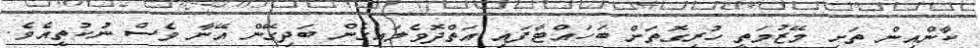
ކާންއިން ތަށި މޭޒުމަތީ ހުރިގޮތަށް ބަހައްޓާފައި އަތްދޮވެލައިގެން ބަދިގޭން އޭނާ ވެސް ނުކުތީއެވެ.